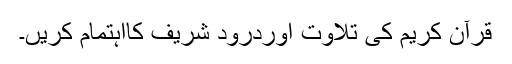
قرآن کریم کی تلاوت اوردرود شریف کااہتمام کریں۔